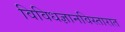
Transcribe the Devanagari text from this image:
विविधज्ञानविस्तारात